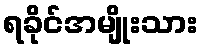
ရခိုင်အမျိုးသား